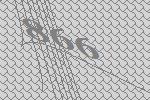
866